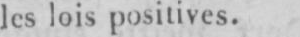
les lois positives.